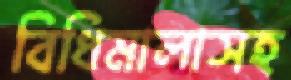
বিধিমালাসহ